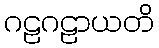
ဂဠဂဠာယတိ